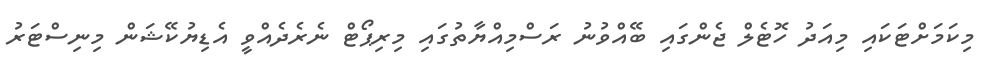
މިކަމަށްޓަކައި މިއަދު ހޮޓެލް ޖެންގައި ބޭއްވުނު ރަސްމިއްޔާތުގައި މިރިޕޯޓް ނެރެދެއްވީ އެޑިޔުކޭޝަން މިނިސްޓަރު